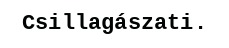
Csillagászati.